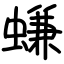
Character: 螊